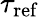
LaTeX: \tau_{\mathrm{ref}}